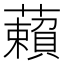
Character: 藾